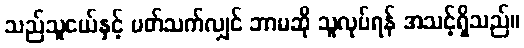
သည်သူငယ်နှင့် ပတ်သက်လျှင် ဘာမဆို သူလုပ်ရန် အသင့်ရှိသည်။